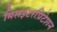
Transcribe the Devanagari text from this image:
मिसइंटरप्रिटेशन